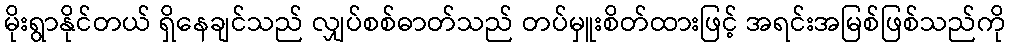
မိုးရွာနိုင်တယ် ရှိနေချင်သည် လျှပ်စစ်ဓာတ်သည် တပ်မှူးစိတ်ထားဖြင့် အရင်းအမြစ်ဖြစ်သည်ကို